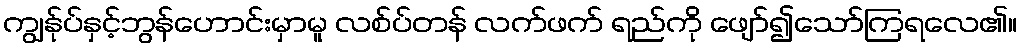
ကျွန်ုပ်နှင့်ဘွန်ဟောင်းမှာမူ လစ်ပ်တန် လက်ဖက် ရည်ကို ဖျော်၍သော်ကြရလေ၏။